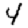
Digit: 4